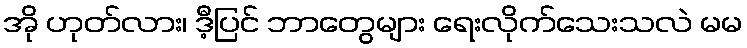
အို ဟုတ်လား၊ ဒီ့ပြင် ဘာတွေများ ရေးလိုက်သေးသလဲ မမ